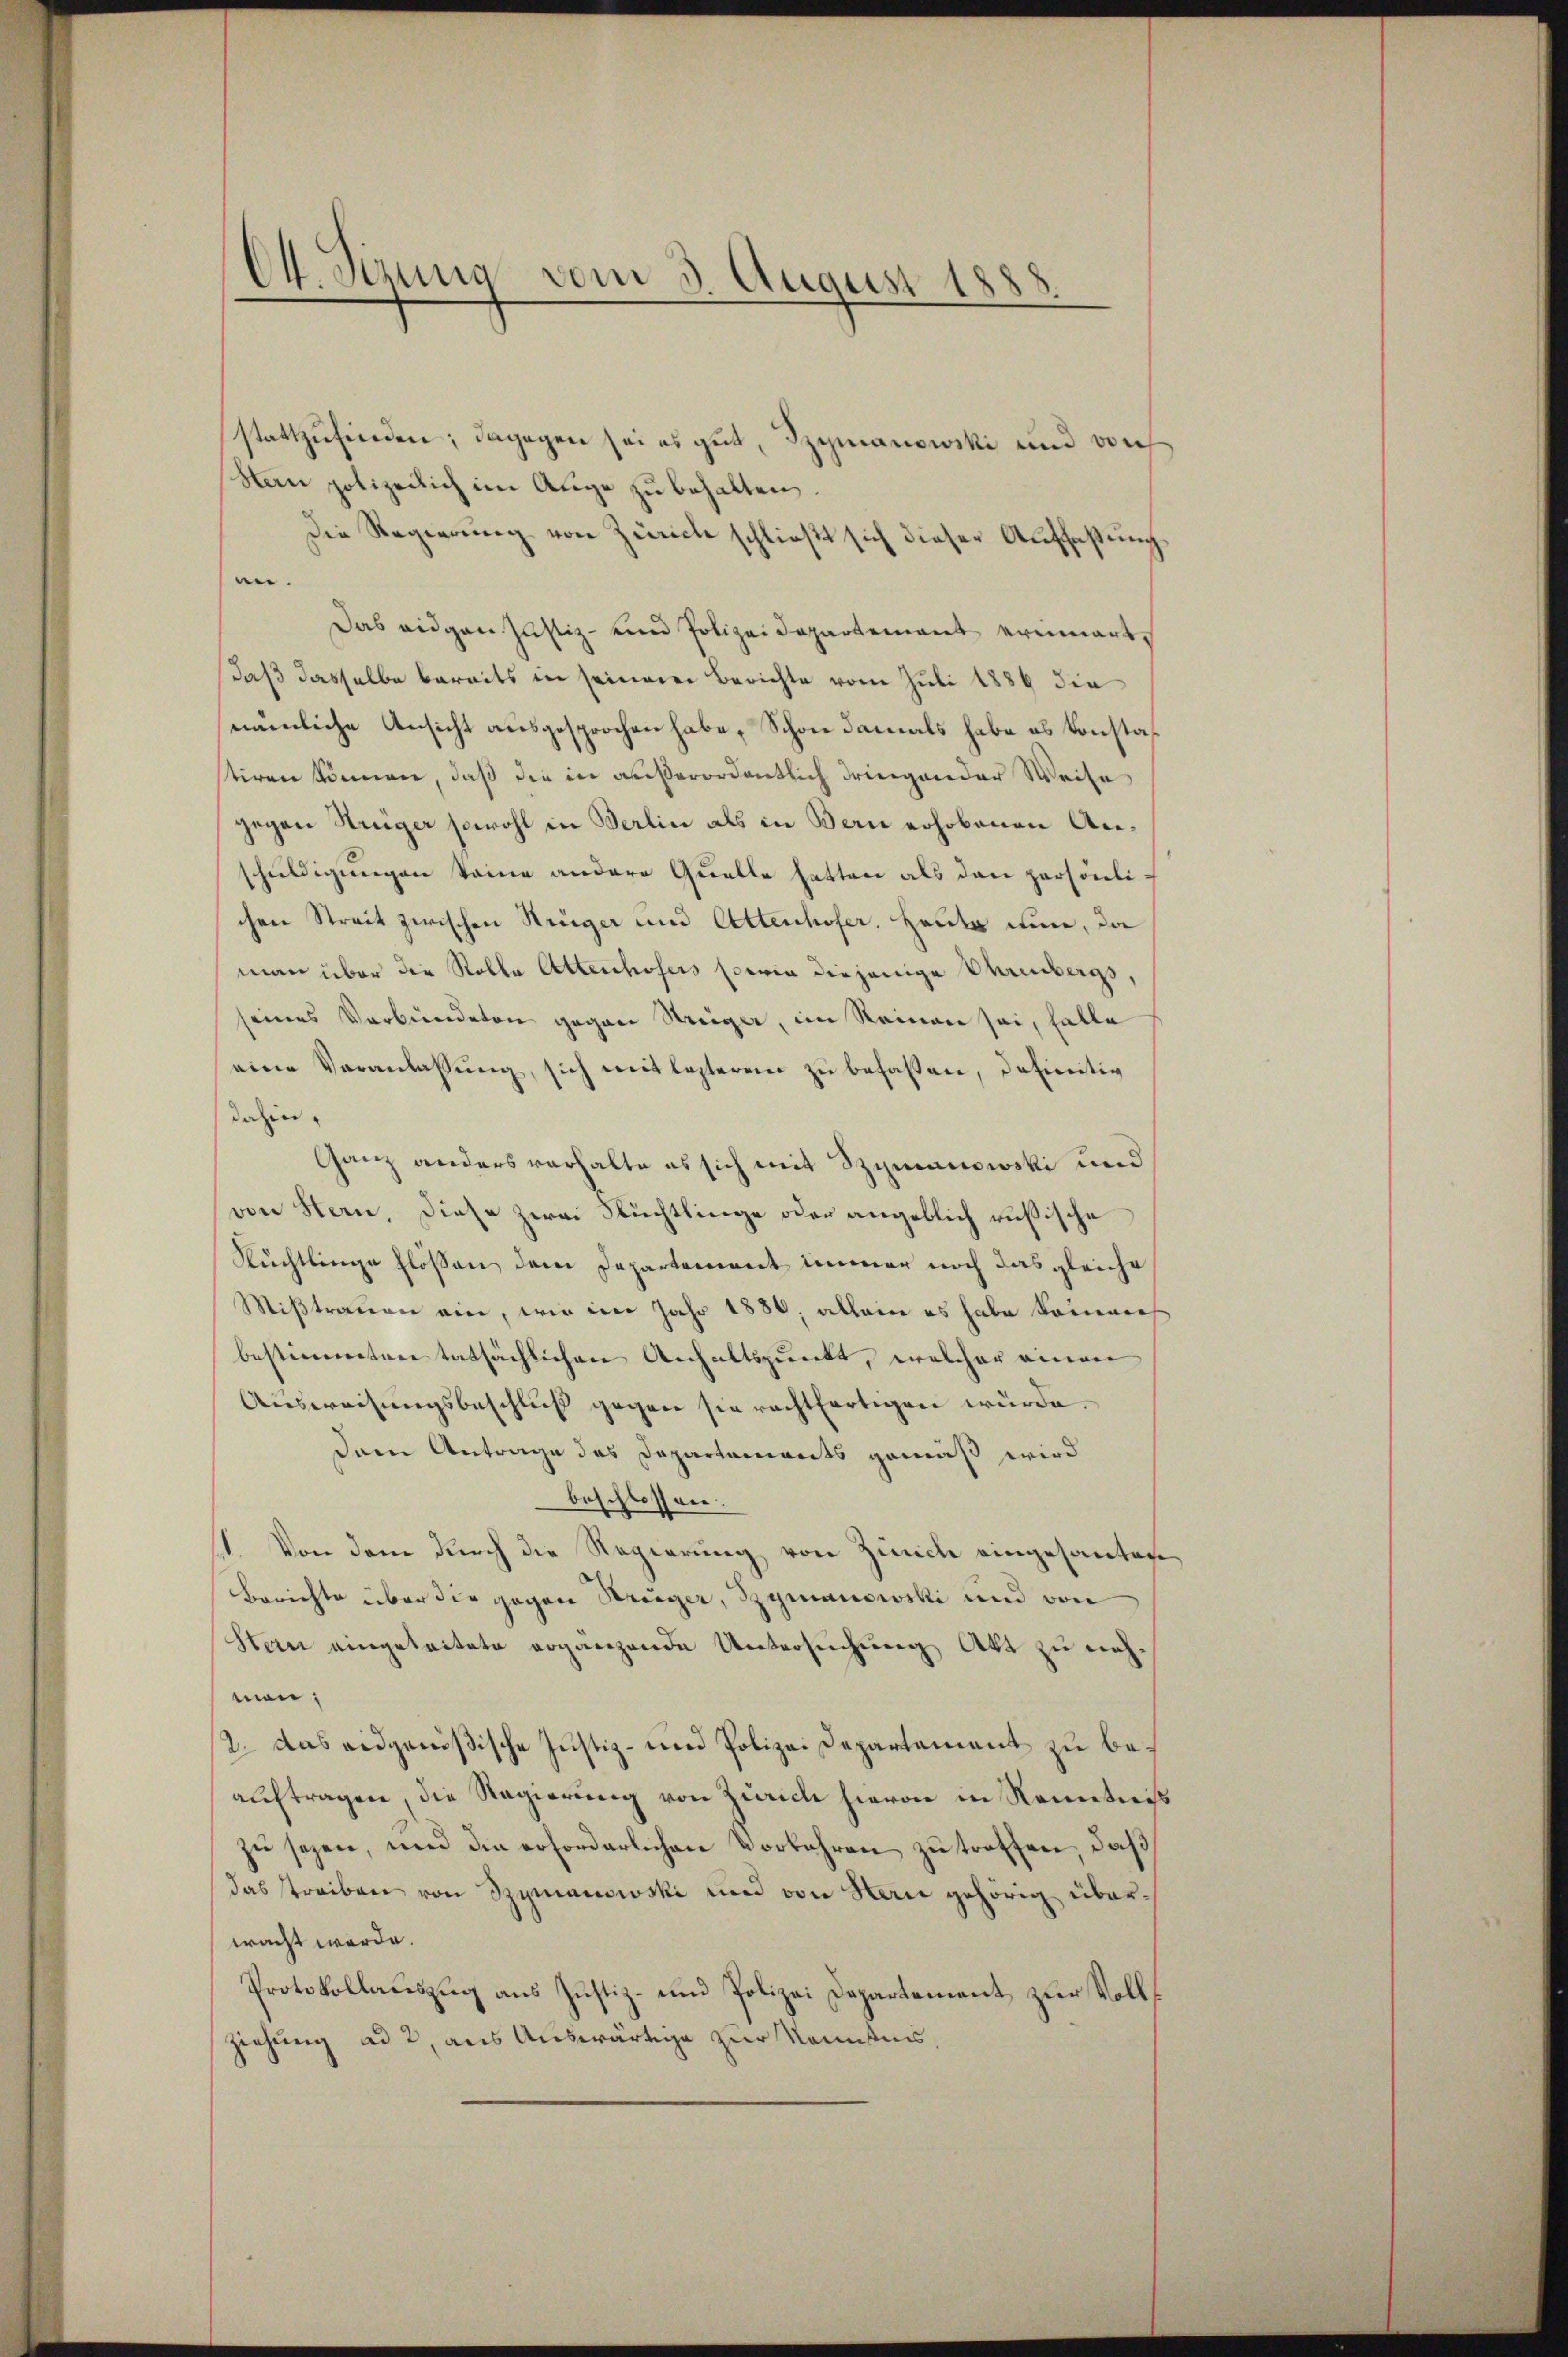
Ok. Sirung vom 3 August 1888.

stattzufinden; dagegen sei es gut, Szymanowski und von
Han polizeilich im Auge zu behalten.
Die Regierung von Zürich schließt sich dieser Auffassung
e.
Das eidgen. Justiz- eine Polizeidepartement erinnert.
daß dasselbe bereits in seinem Berichte vom Juli 1886 die
nämliche Ansicht ausgesprochen habe, Schon damals habe es konstastiren können, daß die in außerordentlich dringender Weise
gegen Krüger sowohl in Berlin als in Bern erhobenen Anschuldigungen keine andere Quelle hatten als dann persönlichen Streit zwischen Strüger und Attenhofer, Heute nun, da
man über die Rolle Attenhofers sowie diejenige Ehrenbergsseines Verbundeten gegen Steiger, im Reinen sei, falle
eine Veranlassŭng, sich mit lezterem zu befassen, definitiv
dahin
Ganz anders verhalte es sich mit Szymanowski und
von Hern, diese zwei Flüchtlinge oder angeblich rußische
Fluchtlinge flößen, dem Departement immer noch das gleiche
Mißtrauen ein, wie im Jahr 1886, allein es habe kommenh
bestimmten tatsächlichen Anhaltspunkt, welcher einen
Ausweisungsbeschluß gegen sie rechtfertigen würde.
dern Antrage des Departements gemäß wird
beschlossen:
1. Von dem durch die Regierung von Zürich eingesanten
Berichte über die gegen Krieger, Szymanowski und von
Stern eingetritete ergänzende Untersuchung Akt zu nehman:
2. Das eidgenößische Justiz- und Polizei Departement zu beauftragen, die Regierung von Zürich hievon in Kenntniß
zu seyen, und die erforderlichen Vorfahren zu treffen, daß
das streiben von Szymanowski und von Herie gehörig überwacht werde.
Protokollauszug aus Justiz- und Polizei Departement zur Volls
ziehung ad 2, aus Auswärtige zur Kenntnis,